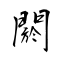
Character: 閼